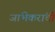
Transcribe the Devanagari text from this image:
जांभेकरांची